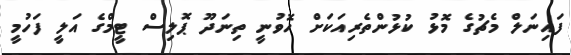
ފައިނަލް މެޗުގެ މޮޅު ކުޅުންތެރިއަކަށް ހޮވުނީ ތިނަދޫ ޕޮލިސް ޓީމްގެ އަލީ ފަހުމީ